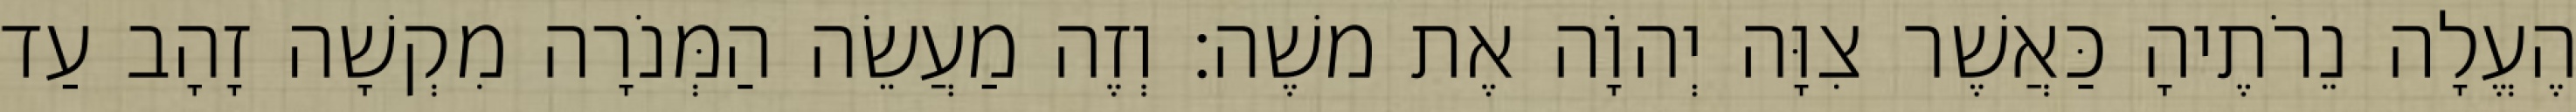
הֶעֱלָה נֵרֹתֶיהָ כַּאֲשֶׁר צִוָּה יְהוָֹה אֶת משֶׁה׃ וְזֶה מַעֲשֵׂה הַמְּנֹרָה מִקְשָׁה זָהָב עַד